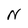
Character: N